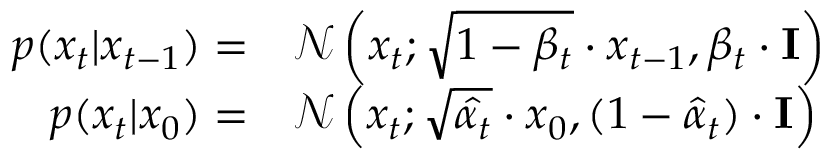
\begin{array} { r l } { p ( x _ { t } | x _ { t - 1 } ) = } & { { } \mathcal { N } \left( x _ { t } ; \sqrt { 1 - \beta _ { t } } \cdot x _ { t - 1 } , \beta _ { t } \cdot \mathbf { I } \right) } \\ { p ( x _ { t } | x _ { 0 } ) = } & { { } \mathcal { N } \left( x _ { t } ; \sqrt { \hat { \alpha _ { t } } } \cdot x _ { 0 } , ( 1 - \hat { \alpha } _ { t } ) \cdot \mathbf { I } \right) } \end{array}